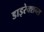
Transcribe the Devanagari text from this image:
डाइरेक्शन्स